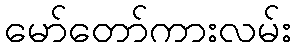
မော်တော်ကားလမ်း